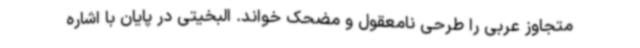
متجاوز عربی را طرحی نامعقول و مضحک خواند. البخیتی در پایان با اشاره